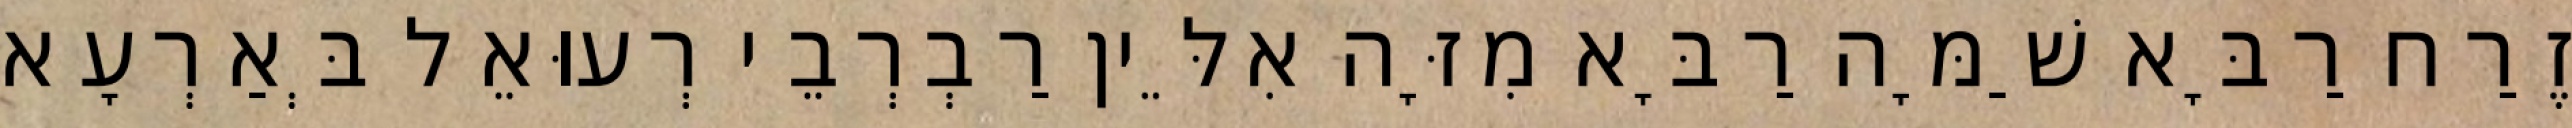
זֶרַח רַבָּא שַׁמָּה רַבָּא מִזָּה אִלֵּין רַבְרְבֵי רְעוּאֵל בְּאַרְעָא